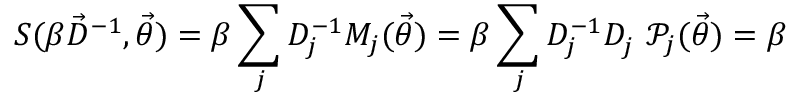
S ( \beta \vec { D } ^ { - 1 } , \vec { \theta } ) = \beta \sum _ { j } D _ { j } ^ { - 1 } M _ { j } ( \vec { \theta } ) = \beta \sum _ { j } D _ { j } ^ { - 1 } D _ { j } ^ { \phantom { - } } \mathcal { P } _ { j } ( \Vec { \theta } ) = \beta